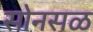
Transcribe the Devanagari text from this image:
सोनसळ